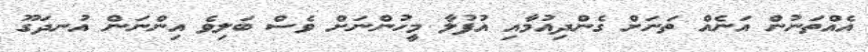
އެއްތަނުން އަނެއް ތަނަށް ގެންދިއުމާއި އުފުލާ މީހުންނަށް ވެސް ބަލިވެ އިންނަން އުނދަގޫ